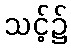
သင့်၌